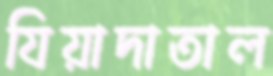
যিয়াদাতাল